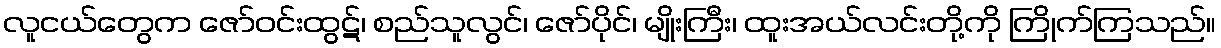
လူငယ်တွေက ဇော်ဝင်းထွဋ်၊ စည်သူလွင်၊ ဇော်ပိုင်၊ မျိုးကြီး၊ ထူးအယ်လင်းတို့ကို ကြိုက်ကြသည်။